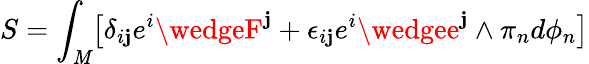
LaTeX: S=\int_{\mathit{M}}\bigl[\delta_{i\mathbf{j}}e^{i}\wedgeF^{\mathbf{j}}+\epsilon_{i\mathbf{j}}e^{i}\wedgee^{\mathbf{j}}\wedge\pi_{n}d\phi_{n}\bigr]